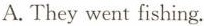
A. They went fishing.